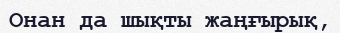
Онан да шықты жаңғырық,